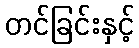
တင်ခြင်းနှင့်